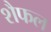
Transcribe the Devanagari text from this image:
शैफल